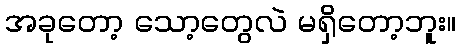
အခုတော့ သော့တွေလဲ မရှိတော့ဘူး။